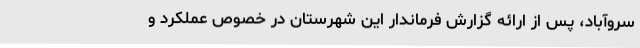
سروآباد، پس از ارائه گزارش فرماندار این شهرستان در خصوص عملکرد و